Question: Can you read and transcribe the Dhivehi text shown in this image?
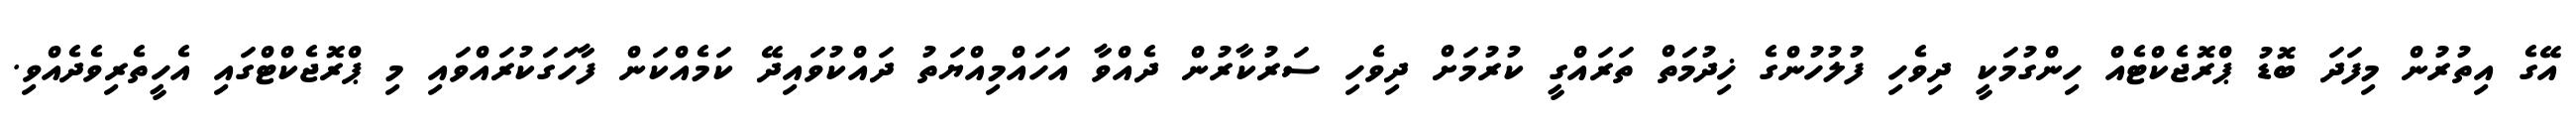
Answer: އޭގެ އިތުރުން މިފަދަ ބޮޑު ޕްރޮޖެކްޓެއް ހިންގުމަކީ ދިވެހި ފުލުހުންގެ ޚިދުމަތް ތަރައްގީ ކުރުމަށް ދިވެހި ސަރުކާރުން ދެއްވާ އަހައްމިއްޔަތު ދައްކުވައިދޭ ކަމެއްކަން ފާހަގަކުރައްވައި މި ޕްރޮޖެކްޓްގައި އެހީތެރިވެދެއްވި.